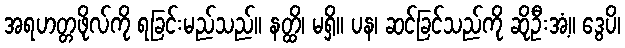
အရဟတ္တဖိုလ်ကို ရခြင်းမည်သည်။ နတ္ထိ၊ မရှိ။ ပန၊ ဆင်ခြင်သည်ကို ဆိုဦးအံ့။ ဒွေပိ၊